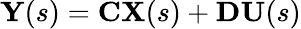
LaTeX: \mathbf{Y}(s)=\mathbf{C}\mathbf{X}(s)+\mathbf{D}\mathbf{U}(s)